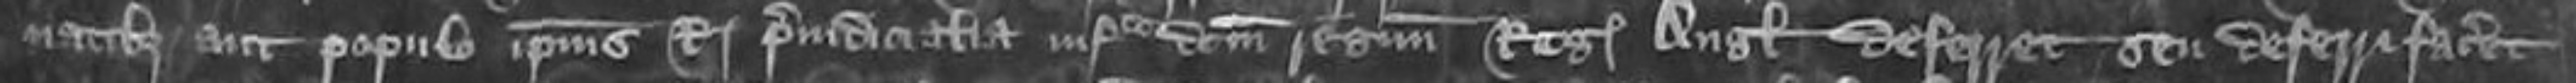
magnatibus aut populo ipsius Regis preiudicialia infra domini regnum Regis Anglie deferret seu deferri faceret